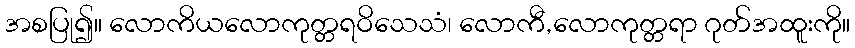
အစပြု၍။ လောကိယလောကုတ္တရဝိသေသံ၊ လောကီ,လောကုတ္တရာ ဂုတ်အထူးကို။